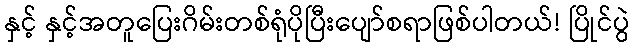
နှင့် နှင့်အတူပြေးဂိမ်းတစ်ရုံပိုပြီးပျော်စရာဖြစ်ပါတယ်! ပြိုင်ပွဲ